Indian journal of veterinary science and animal husbandry - Volume 1,
Year: 1931
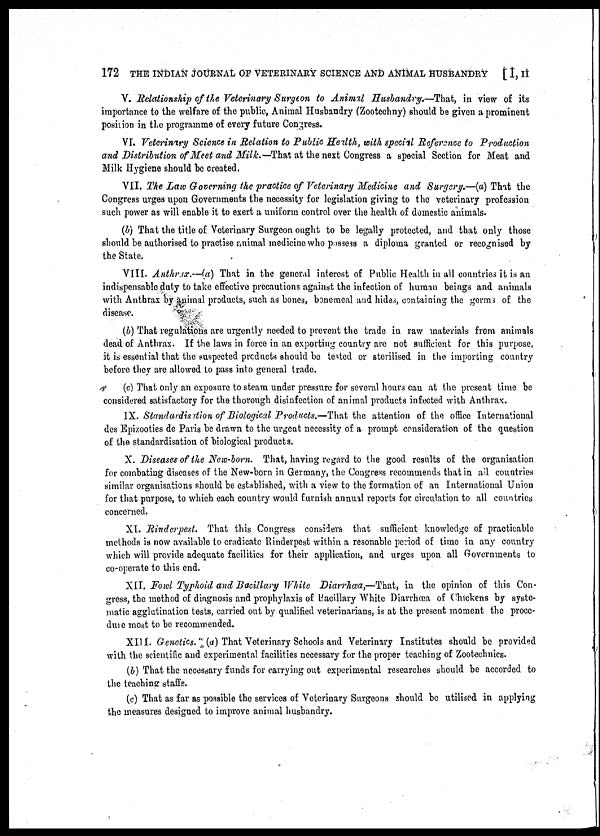
172 THE INDIAN JOURNAL OF VETERINARY SCIENCE AND ANIMAL HUSBANDRY [ I, II
V. Relationship of the Veterinary Surgeon to Animal Husbandry.—That, in view of its
importance to the welfare of the public, Animal Husbandry (Zootechny) should be given a prominent
position in the programme of every future Congress.
VI. Veterinary Science in Relation to Public Health, with special Reference to Production
and Distribution of Meet and Milk.— That at the next Congress a special Section for Meat and
Milk Hygiene should be created.
VII. The Law Governing the practice of Veterinary Medicine and Surgery.—(a) That the
Congress urges upon Governments the necessity for legislation giving to the veterinary profession
such power as will enable it to exert a uniform control over the health of domestic animals.
(b) That the title of Veterinary Surgeon ought to be legally protected, and that only those
should be authorised to practise animal medicine who possess a diploma granted or recognised by
the State.
VIII. Anthrax.—(a) That in the general interest of Public Health in all countries it is an
indispensable duty to take effective precautions against the infection of human beings and animals
with Anthrax by animal products, such as bones, bonemeal and hides, containing the germs of the
disease.
(b) That regulations are urgently needed to prevent the trade in raw materials from animals
dead of Anthrax. If the laws in force in an exporting country are not sufficient for this purpose,
it is essential that the suspected products should be tested or sterilised in the importing country
before they are allowed to pass into general trade.
(c) That only an exposure to steam under pressure for several hours can at the present time be
considered satisfactory for the thorough disinfection of animal products infected with Anthrax.
IX. Standardisation of Biological Products.—That the attention of the office International
des Epizooties de Paris be drawn to the urgent necessity of a prompt consideration of the question
of the standardisation of biological products.
X. Diseases of the New-born. That, having regard to the good results of the organisation
for combating diseases of the New-born in Germany, the Congress recommends that in all countries
similar organisations should be established, with a view to the formation of an International Union
for that purpose, to which each country would furnish annual reports for circulation to all countries
concerned.
XI. Rinderpest. That this Congress considers that sufficient knowledge of practicable
methods is now available to eradicate Rinderpest within a resonable period of time in any country
which will provide adequate facilities for their application, and urges upon all Governments to
co-operate to this end.
XII. Fowl Typhoid and Bacillary White Diarrhœa,—That, in the opinion of this Con-
gress, the method of diagnosis and prophylaxis of Bacillary White Diarrhœa of Chickens by syste-
matic agglutination tests, carried out by qualified veterinarians, is at the present moment the proce¬
dure most to be recommended.
XIII. Genetics. (a) That Veterinary Schools and Veterinary Institutes should be provided
with the scientific and experimental facilities necessary for the proper teaching of Zootechnics.
(b) That the necessary funds for carrying out experimental researches should be accorded to
the teaching staffs.
(c) That as far as possible the services of Veterinary Surgeons should be utilised in applying
the measures designed to improve animal husbandry.